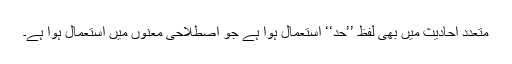
متعدد احادیث میں بھی لفظ ’’حد‘‘ استعمال ہوا ہے جو اصطلاحی معنوں میں استعمال ہوا ہے۔